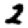
Digit: 2